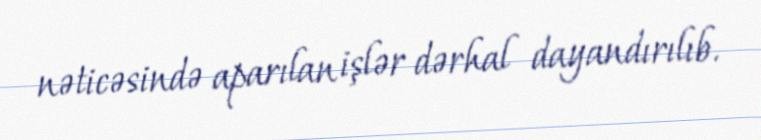
nəticəsində aparılan işlər dərhal dayandırılıb.